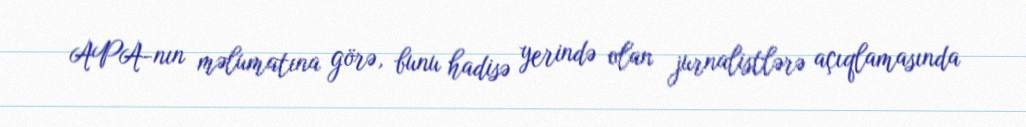
APA-nın məlumatına görə, bunu hadisə yerində olan jurnalistlərə açıqlamasında